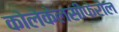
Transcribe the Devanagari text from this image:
कोलेकेलसीफेरोल